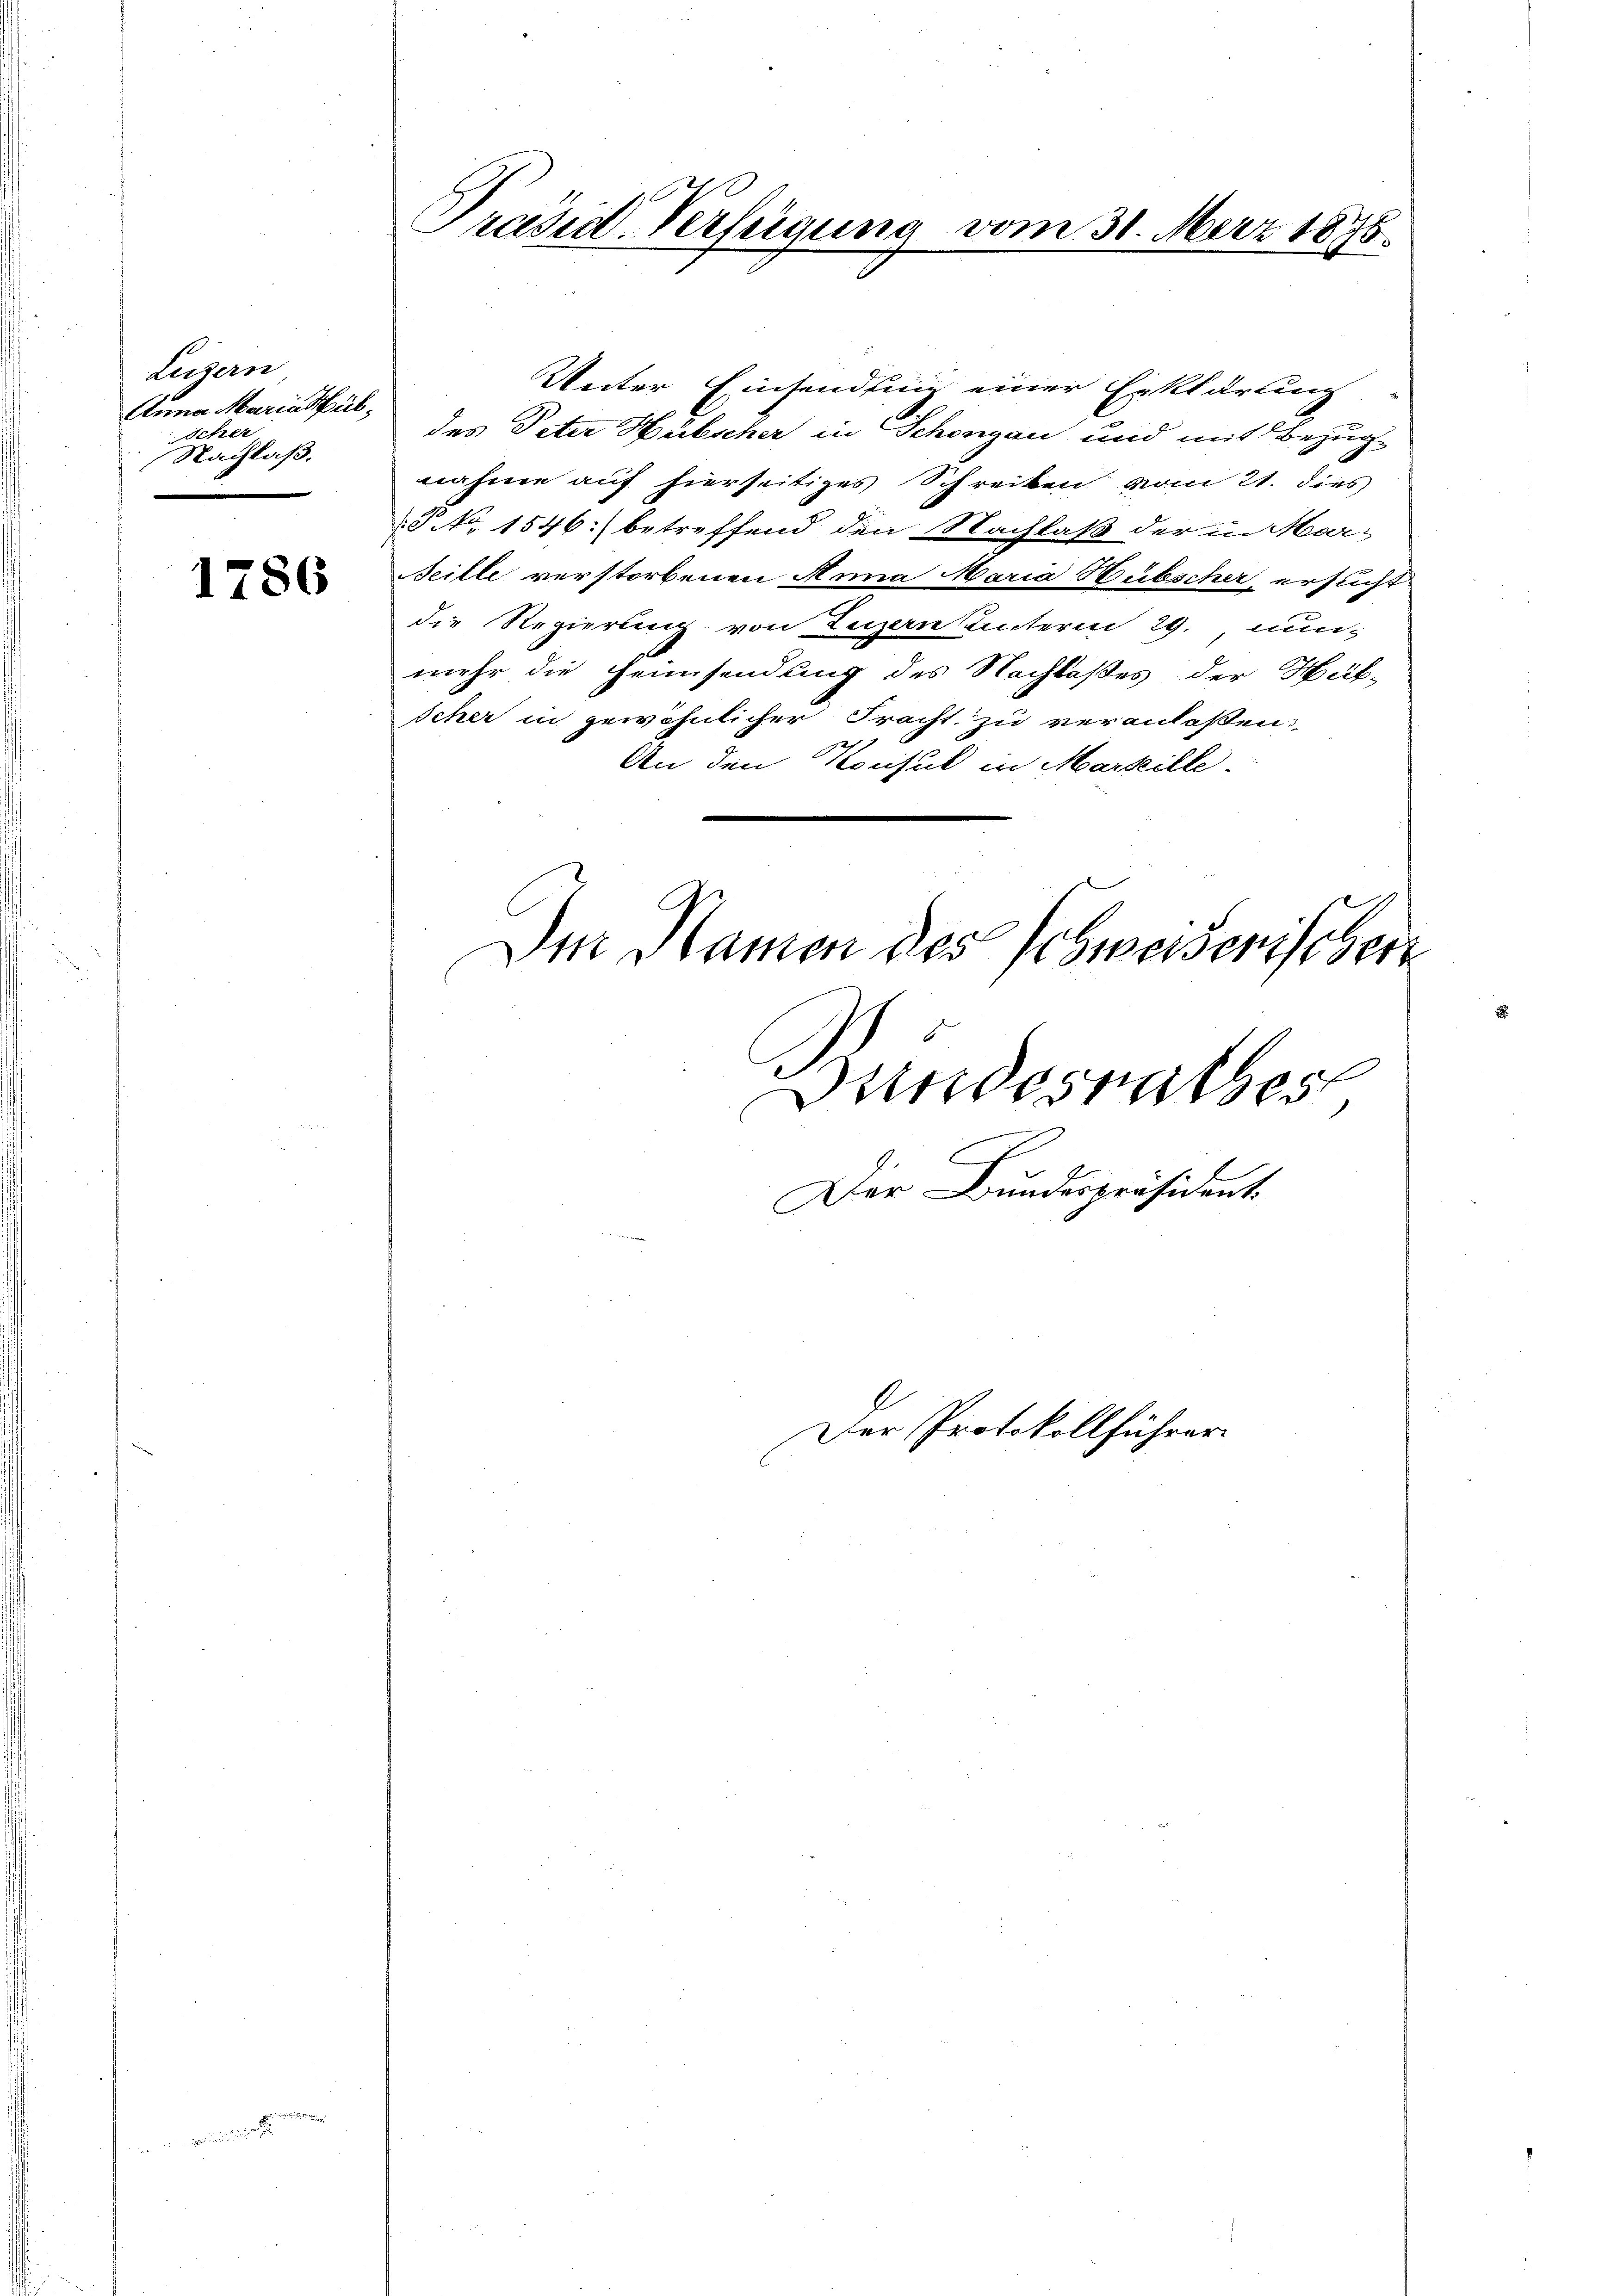
Luzern
Anna Mariatül¬
Scher
Nachlaß,

1786

Präsid-Verfügung vom 31. März 1895.

Unter Einsendung einer Erklärung
des Peter Hübscher in Schongau und mit Bezug
nahme auf hierseitiges Schreiben vom 21. dies
P No. 1546) betreffend den Nachlaß der in Mar-
Seille verstorbenen Anna Maria Hübscher ersucht
die Regierung von Luzern hinterm 29. nun
mehr die Heimsendung des Nachlaßes der Hüt-
scher in gewöhnlicher Fracht zu veranlaßen.
An den Konsul in Marseille.
Im Namen des Schwerenischert
f
Bundesrathes,
Der Bundespräsident.

Der Protokollführer.